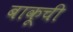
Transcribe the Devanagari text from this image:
बाकूची